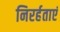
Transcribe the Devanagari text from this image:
निरर्हताएं